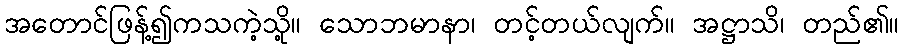
အတောင်ဖြန့်၍ကသကဲ့သို့။ သောဘမာနာ၊ တင့်တယ်လျက်။ အဋ္ဌာသိ၊ တည်၏။